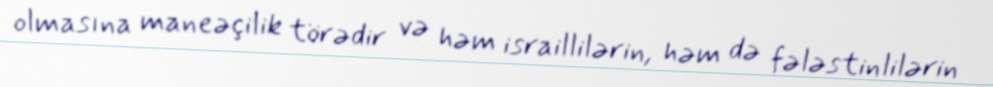
olmasına maneəçilik törədir və həm israillilərin, həm də fələstinlilərin